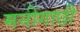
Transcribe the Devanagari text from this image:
मनीगाछी